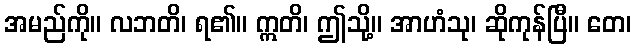
အမည်ကို။ လဘတိ၊ ရ၏။ ဣတိ၊ ဤသို့။ အာဟံသု၊ ဆိုကုန်ပြီ။ တေ၊